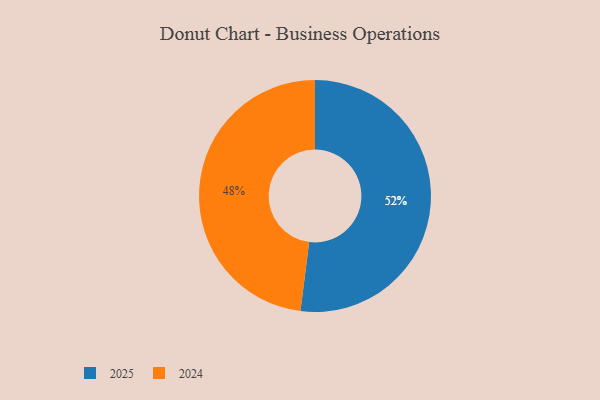
{"axis": {"x": "Category", "y": "Percentage"}, "legend": ["2024", "2025"], "data": [{"x": "2025", "y": 52, "type": "2025"}, {"x": "2024", "y": 48, "type": "2024"}]}